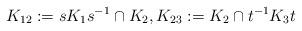
LaTeX: \begin{align*} K_{12}:=s K_1 s^{-1}\cap K_2, K_{23}:= K_2\cap t^{-1} K_3 t\end{align*}